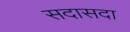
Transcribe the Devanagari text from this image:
सदासदा